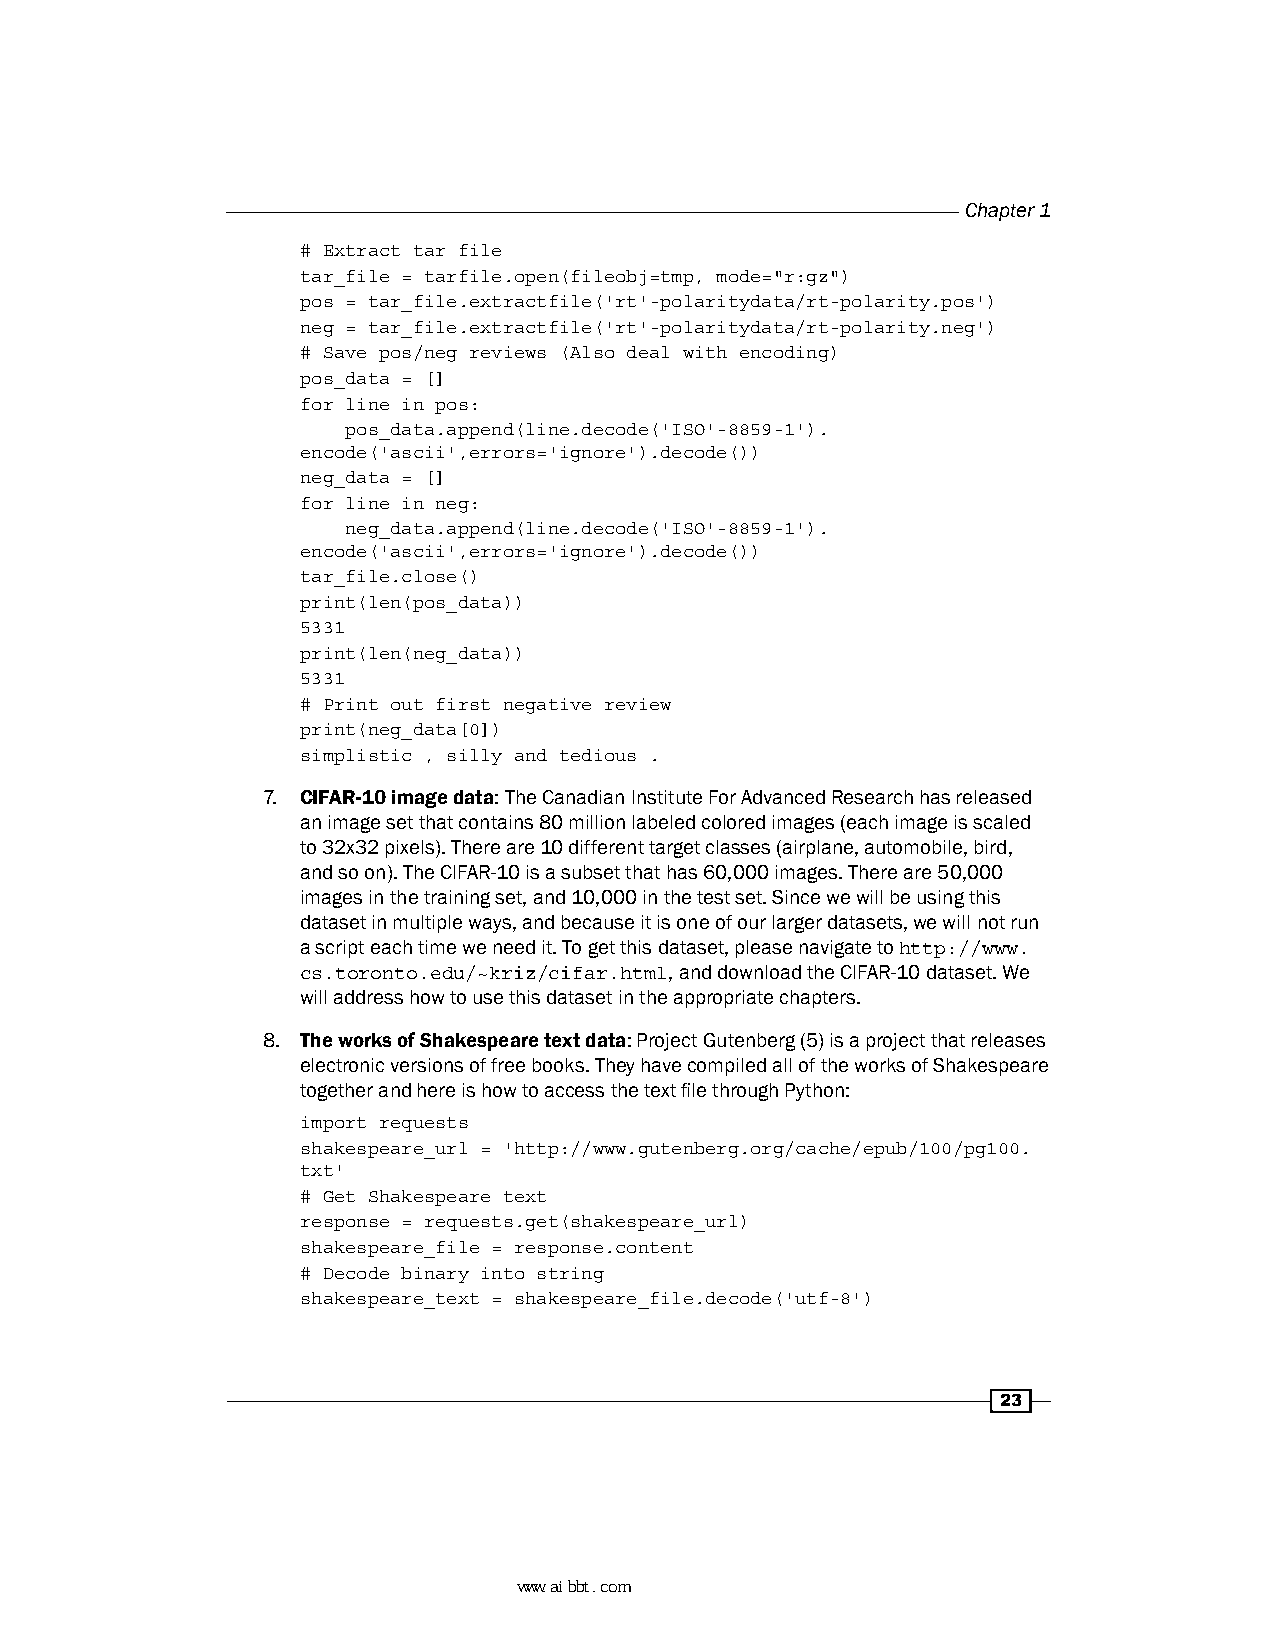
Chapter 1
 # Extract tar file
 tar_file = tarfile.open(fileobj=tmp, mode="r:gz")
 pos = tar_file.extractfile('rt'-polaritydata/rt-polarity.pos')
 neg = tar_file.extractfile('rt'-polaritydata/rt-polarity.neg')
 # Save pos/neg reviews (Also deal with encoding)
 pos_data = []
 for line in pos:
 pos_data.append(line.decode('ISO'-8859-1').
 encode('ascii',errors='ignore').decode())
 neg_data = []
 for line in neg:
 neg_data.append(line.decode('ISO'-8859-1').
 encode('ascii',errors='ignore').decode())
 tar_file.close()
 print(len(pos_data))
 5331
 print(len(neg_data))
 5331
 # Print out first negative review
 print(neg_data[0])
 simplistic , silly and tedious .
 7. CIFAR-10 image data: The Canadian Institute For Advanced Research has released
 an image set that contains 80 million labeled colored images (each image is scaled
 to 32x32 pixels). There are 10 different target classes (airplane, automobile, bird,
 and so on). The CIFAR-10 is a subset that has 60,000 images. There are 50,000
 images in the training set, and 10,000 in the test set. Since we will be using this
 dataset in multiple ways, and because it is one of our larger datasets, we will not run
 a script each time we need it. To get this dataset, please navigate to http://www.
 cs.toronto.edu/~kriz/cifar.html, and download the CIFAR-10 dataset. We
 will address how to use this dataset in the appropriate chapters.
 8. The works of Shakespeare text data: Project Gutenberg (5) is a project that releases
 electronic versions of free books. They have compiled all of the works of Shakespeare
 together and here is how to access the text file through Python:
 import requests
 shakespeare_url = 'http://www.gutenberg.org/cache/epub/100/pg100.
 txt'
 # Get Shakespeare text
 response = requests.get(shakespeare_url)
 shakespeare_file = response.content
 # Decode binary into string
 shakespeare_text = shakespeare_file.decode('utf-8')
 23
 www.aibbt.com 让未来触手可及